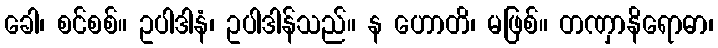
ခေါ၊ စင်စစ်။ ဥပါဒါနံ၊ ဥပါဒါန်သည်။ န ဟောတိ၊ မဖြစ်။ တဏှာနိရောဓာ၊